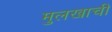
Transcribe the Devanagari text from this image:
मुलखाची